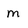
Character: m